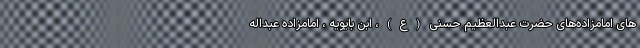
های امامزاده‌های حضرت عبدالعظیم حسنی(ع)، ابن بایویه ، امامزاده عبداله